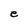
Character: e